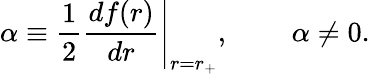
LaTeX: \alpha\equiv{\frac{1}{2}}\left.{\frac{df(r)}{dr}}\right|_{r=r_{+}},\, \ \ \ \ \ \ \ \ \alpha\neq 0.